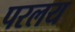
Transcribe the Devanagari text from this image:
परलय